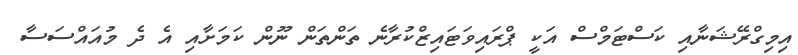
އިމިގްރޭޝަނާއި ކަސްޓަމްސް އަކީ ޕްރައިވަޓައިޒްކުރާނެ ތަންތަން ނޫން ކަމަށާއި އެ ދެ މުއައްސަސާ